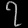
Digit: ၇